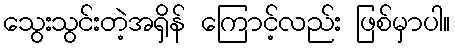
သွေးသွင်းတဲ့အရှိန် ကြောင့်လည်း ဖြစ်မှာပါ။